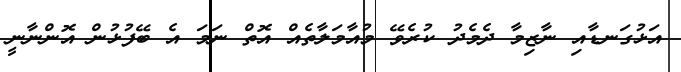
އަޅުގަނޑާއި ނާޒިމާ ދެމެދު ކުރެވޭ މުއާމަލާތެއް އޮތް ނަމަ އެ ބޭފުޅުން އޮންނާނީ